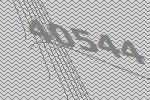
40544